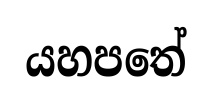
යහපතේ